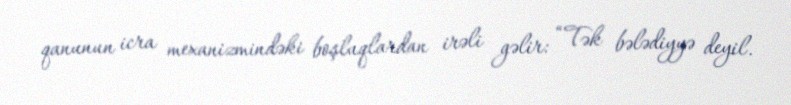
qanunun icra mexanizmindəki boşluqlardan irəli gəlir: “Tək bələdiyyə deyil.